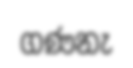
ගණනැ